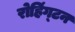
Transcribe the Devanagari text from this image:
रोहिंग्टन